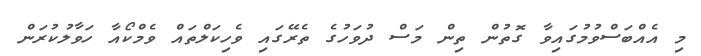
މި އެއްބަސްވުމުގައިވާ ގޮތުން ތިން މަސް ދުވަހުގެ ތެރޭގައި ވެހިކަލްތައް ވެމްކޯއާ ހަވާލުކުރަން